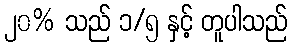
၂၀% သည် ၁/၅ နှင့် တူပါသည်